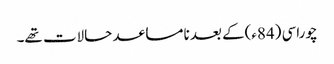
چوراسی (84ء)کے بعد نامساعد حالات تھے۔